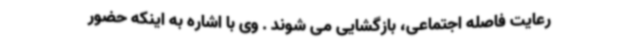
رعایت فاصله اجتماعی، بازگشایی می شوند . وی با اشاره به اینکه حضور